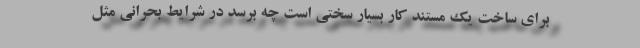
برای ساخت یک مستند کار بسیار سختی است چه برسد در شرایط بحرانی مثل